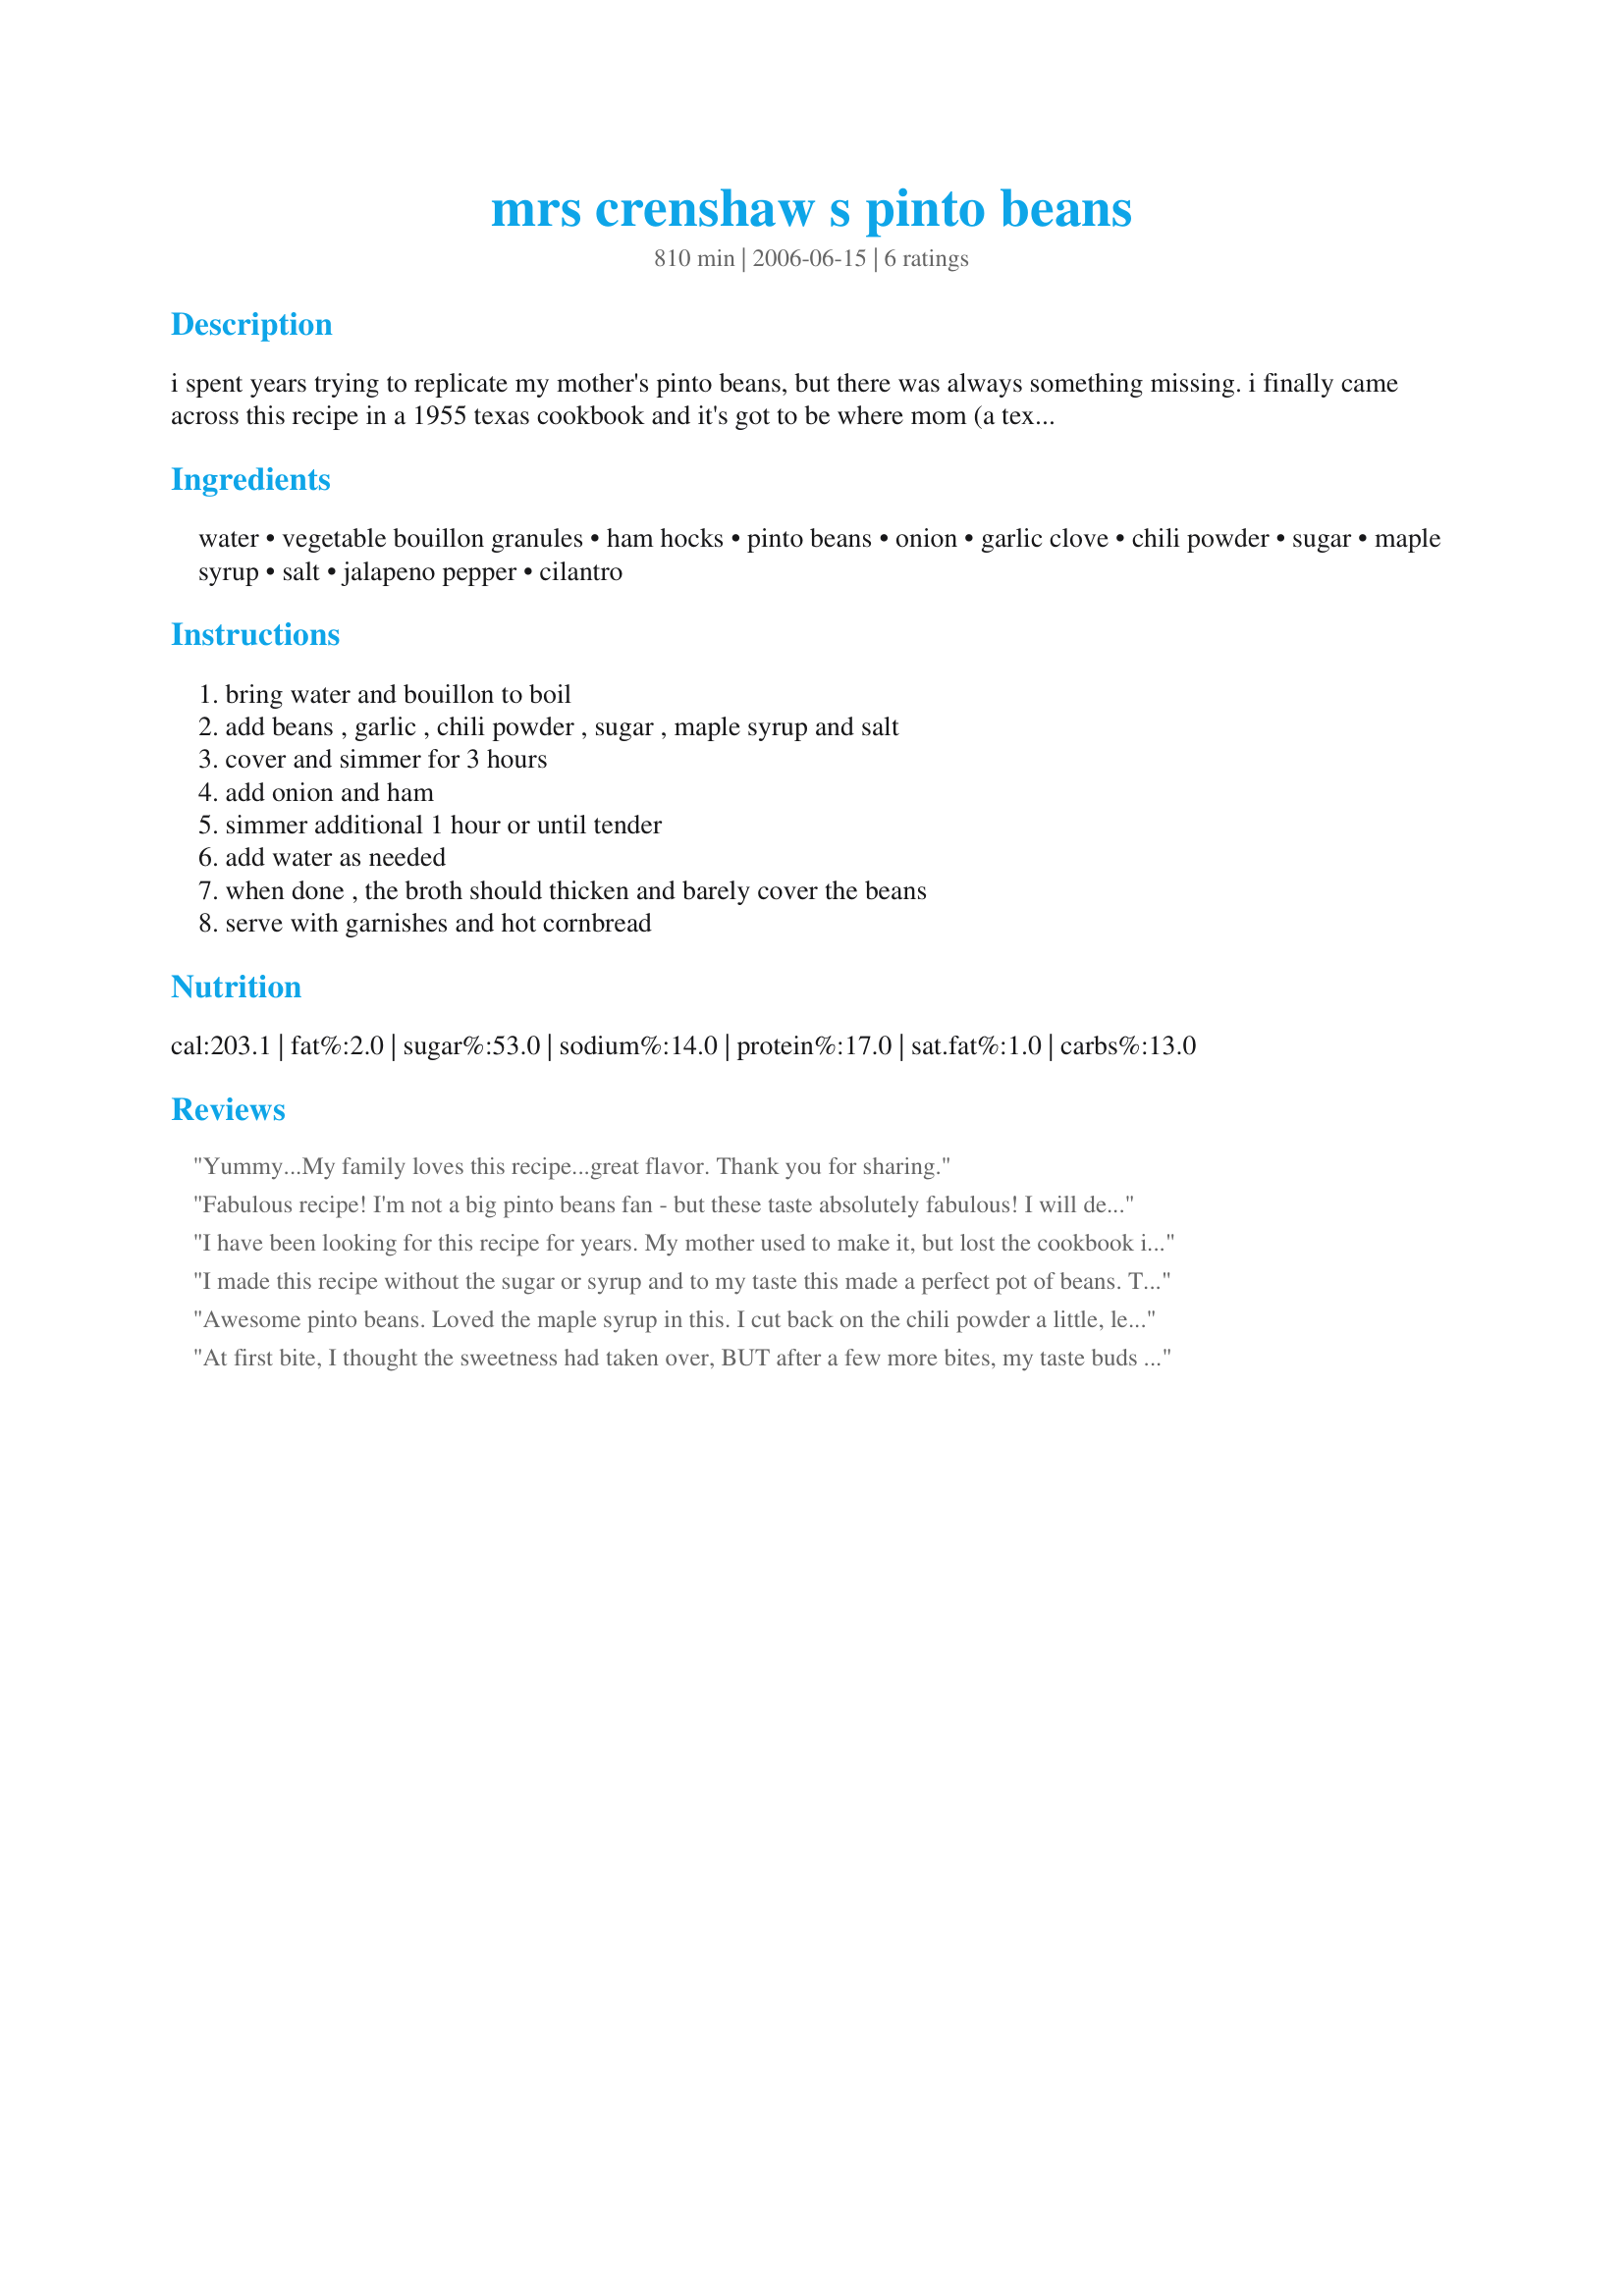
mrs crenshaw s pinto beans
Preparation time: 810 minutes

i spent years trying to replicate my mother's pinto beans, but there was always something missing. i finally came across this recipe in a 1955 texas cookbook and it's got to be where mom (a texan) got the recipe. oh, the missing ingredient, maple syrup!
time required includes soaking time for beans.

Ingredients:
water, vegetable bouillon granules, ham hocks, pinto beans, onion, garlic clove, chili powder, sugar, maple syrup, salt, jalapeno pepper, cilantro

Steps:
bring water and bouillon to boil, add beans , garlic , chili powder , sugar , maple syrup and salt, cover and simmer for 3 hours, add onion and ham, simmer additional 1 hour or until tender, add water as needed, when done , the broth should thicken and barely cover the beans, serve with garnishes and hot cornbread

Reviews:
Yummy...My family loves this recipe...great flavor. Thank you for sharing.
Fabulous recipe! I'm not a big pinto beans fan - but these taste absolutely fabulous! I will definitely be making these frequently!
I have been looking for this recipe for years. My mother used to make it, but lost the cookbook it was in.
I made this recipe without the sugar or syrup and to my taste this made a perfect pot of beans. They were well cooked and tender without becoming mushy, The ham, and seasonings were just right. I added a bit more water toward the end because I like to crumble the cornbread into the beans and let it soak in the juice. Thanks GW for a very enjoyable dinner.
Awesome pinto beans. Loved the maple syrup in this. I cut back on the chili powder a little, left out the sugar and added a jalapeno pepper chopped. We loved this. Thanks
At first bite, I thought the sweetness had taken over, BUT after a few more bites, my taste buds got used to it, and I loved it! I made a pico with tomatoes, onion, jalapeno, cilantro, and lime juice to top it with and it was perfect. Everyone love it!
